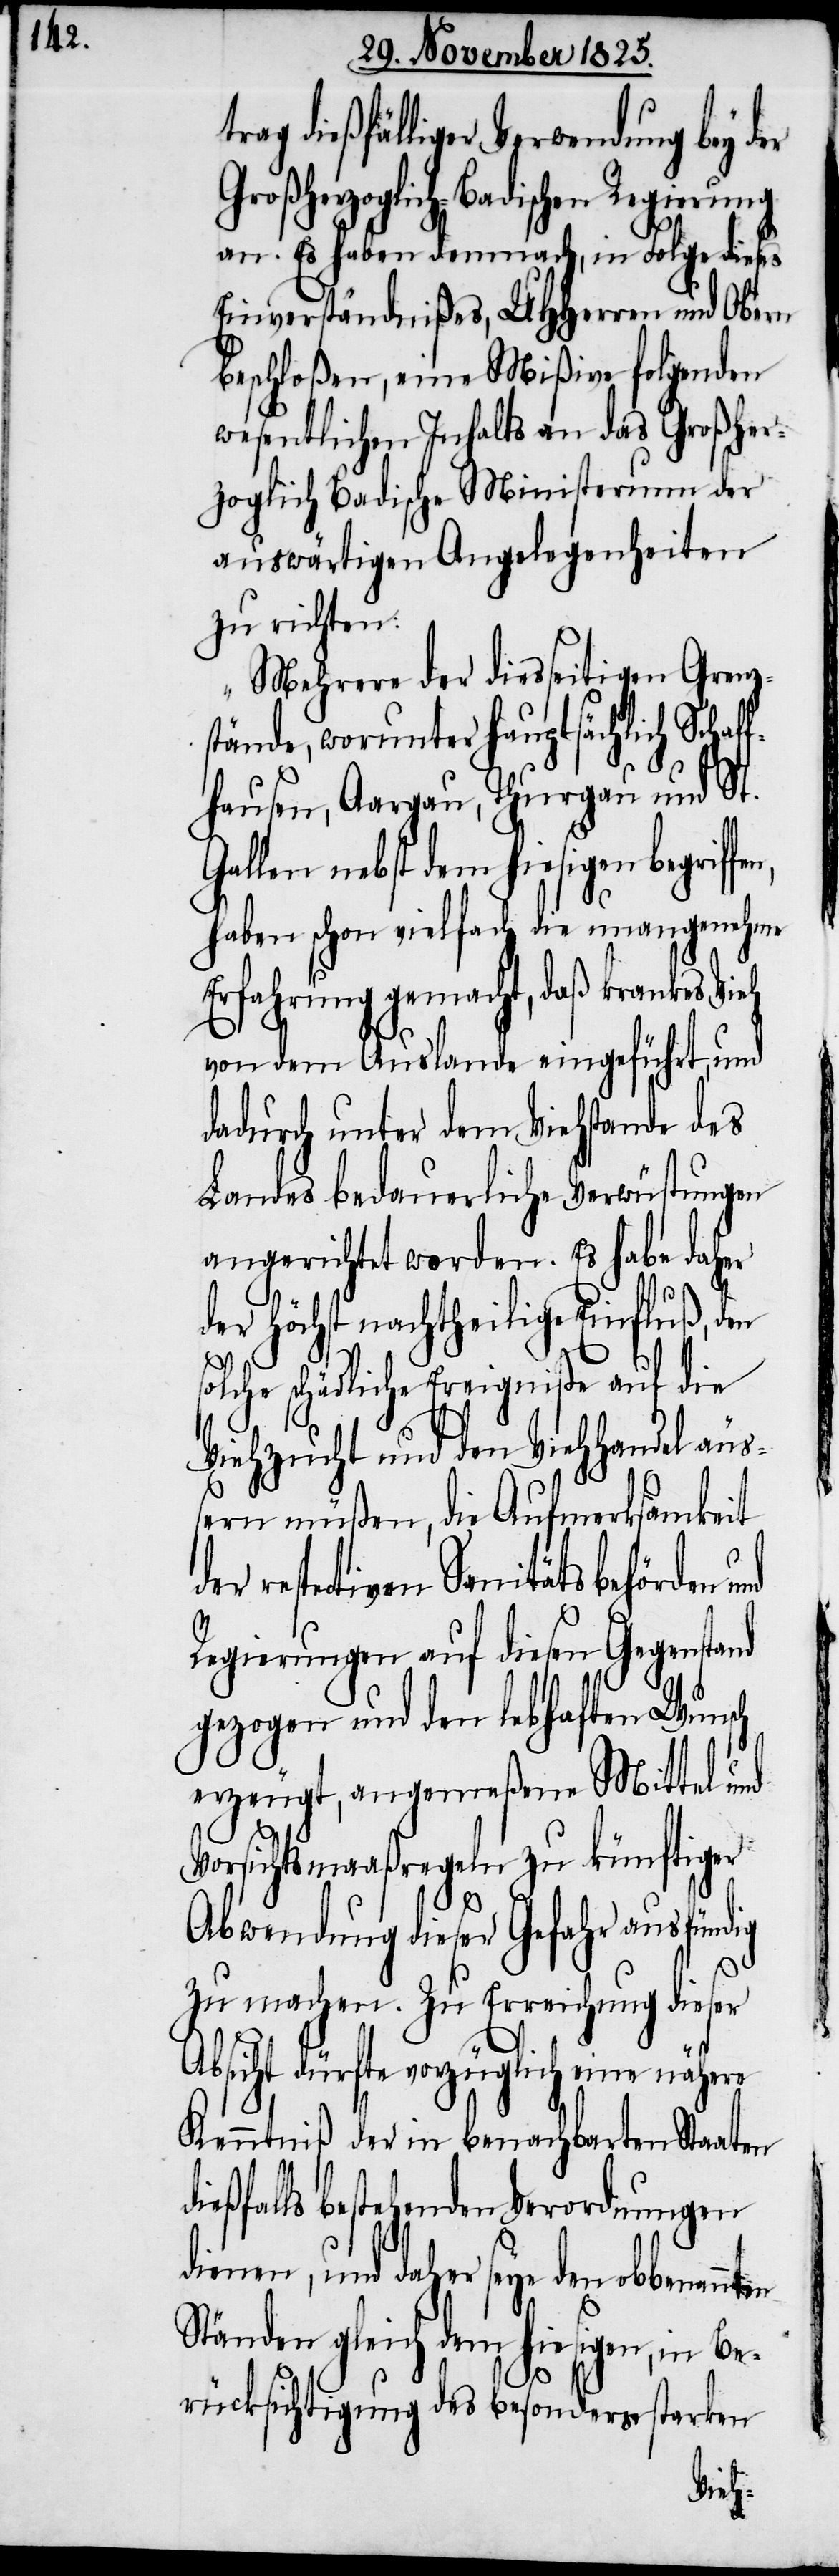
rag dießfälliger Verwendung bey d¬
Großherzoglich-Badischen Regierung
an. Es haben demnach, in Folge dieses
Einverständnißes, UHHerren und Obern
beschloßen, eine Mißive folgenden
wesentlichen Inhalts an das Großher¬
zoglich Badische Ministerium der
auswärtigen Angelegenheiten
zu richten:
„Mehrere der diesseitigen Grenz¬
stände, worunter hauptsächlich Schaf¬
fhausen, Aargau, Thurgau und St.
Gallen nebst dem hiesigen begriff¬
haben schon vielfach die unangenehme
Erfahrung gemacht, daß krankes Vieh
von dem Auslande eingeführt, und
dadurch unter dem Viehstande des
Landes bedauerliche Verwüstungen
angerichtet worden. Es habe daher
der höchst nachtheilige Einfluß, den
solche schädliche Ereigniße auf die
Viehzucht und den Viehhandel äuß¬
ern müßen, die Aufmerksamkeit
respectiven Sanitätsbehörden
Regierungen auf diesen Gegenstand
gezogen und den lebhaften Wunsch
erzeugt, angemeßene Mittel und
Vorsichtsmaaßregeln zu künftiger
Abwendung dieser Gefahr ausfündig
zu machen. Zu Erreichung dieser
Absicht dürfte vorzüglich eine nähere
Kenntniß der in benachbarten Staaten
eßfalls bestehenden Verordnungen
dienen, und daher seye den obbenannten
Ständen gleich dem hiesigen, in Be¬
di¬
rücksichtigung des besonders starken